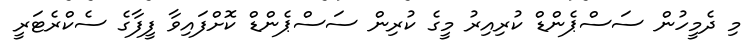
މި ދެމީހުން ސަސްޕެންޑް ކުރިއިރު މީގެ ކުރިން ސަސްޕެންޑް ކޮށްފައިވާ ފީފާގެ ސެކްރެޓަރީ